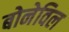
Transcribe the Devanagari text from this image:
बोनेविल